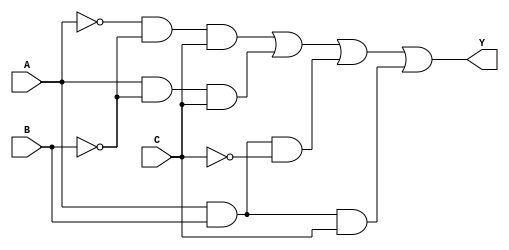
module sop_simplification (
    input wire A,  // Input A
    input wire B,  // Input B
    input wire C,  // Input C
    output wire Y  // Output Y
);

// Internal signals for the product terms
wire A_not, B_not, C_not;
wire term1, term2, term3, term4;

// NOT gates for input inversion
assign A_not = ~A;  // A'
assign B_not = ~B;  // B'
assign C_not = ~C;  // C'

// AND gates for product terms
assign term1 = A_not & B_not & C;  // A'B'C
assign term2 = A & B_not & C;       // AB'C
assign term3 = A & B & C_not;       // ABC'
assign term4 = A & B & C;           // ABC

// OR gate to produce the final output
assign Y = term1 | term2 | term3 | term4;  // Sum of products

endmodule